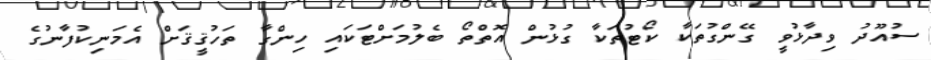
ސުއޫދު ވިދާޅުވީ ގޭންގުތަކާ ކޯޓުތަކާ ގުޅުން އޮތްތޯ ބެލުމަށްޓަކައި ހިންގާ ތަހުޤީޤަށް އެމަނިކުފާނުގެ